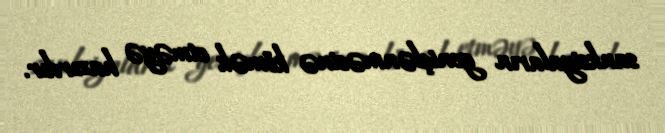
sanksiyaların genişlənməsinə kömək etməyə hazırdır.